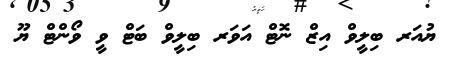
ޔުއަރ ބިލީވް އިޒް ނޮޓް އަވަރ ބިލީވް ބަޓް ވީ ވޯންޓް ޔޫ